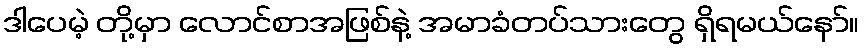
ဒါပေမဲ့ တို့မှာ လောင်စာအဖြစ်နဲ့ အမာခံတပ်သားတွေ ရှိရမယ်နော်။